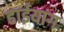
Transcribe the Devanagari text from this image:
हाईयांग